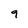
Character: 9